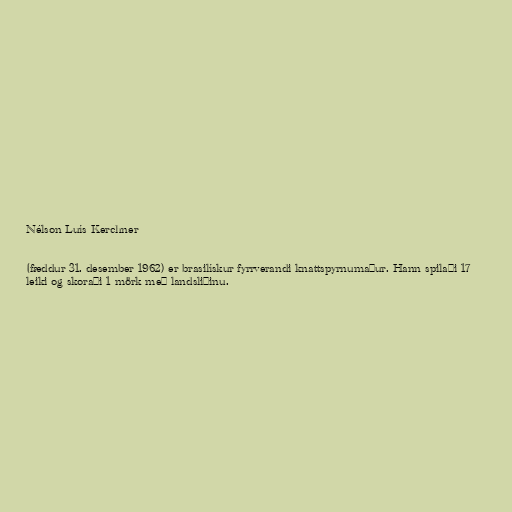
Nélson Luís Kerchner

(fæddur 31. desember 1962) er brasilískur fyrrverandi knattspyrnumaður. Hann spilaði 17
leiki og skoraði 1 mörk með landsliðinu.